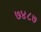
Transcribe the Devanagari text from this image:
७४८७